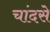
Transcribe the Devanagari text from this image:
चांदसे